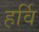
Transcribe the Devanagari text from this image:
हर्वि